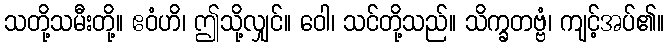
သတို့သမီးတို့။ ဧဝံဟိ၊ ဤသို့လျှင်။ ဝေါ၊ သင်တို့သည်။ သိက္ခတဗ္ဗံ၊ ကျင့်အပ်၏။